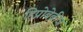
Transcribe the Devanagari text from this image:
हिप्नोबेबीज